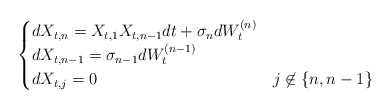
\begin{align*}\begin{cases}dX_{t,n} = X_{t,1}X_{t,n-1}dt + \sigma_{n}dW_t^{(n)} \\ dX_{t,n-1} = \sigma_{n-1}dW_t^{(n-1)} \\ dX_{t,j} = 0 & j \not \in \{n,n-1\}\end{cases}\end{align*}